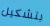
بتشكيل